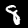
Digit: 8